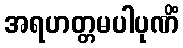
အရဟတ္တမပါပုဏိံ